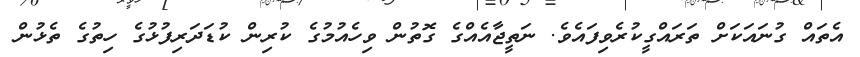
އެތައް ގުނައަކަށް ތަރައްގީކުރެވިފައެވެ. ނަތީޖާއެއްގެ ގޮތުން ވިހެއުމުގެ ކުރިން ކުޑަދަރިފުޅުގެ ހިތުގެ ތެޅުން